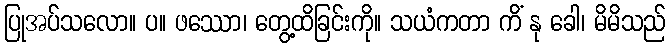
ပြုအပ်သလော။ ပ။ ဖဿော၊ တွေ့ထိခြင်းကို။ သယံကတာ ကိံ နု ခေါ၊ မိမိသည်